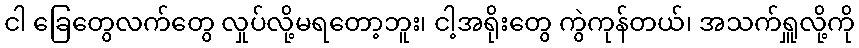
ငါ ခြေတွေလက်တွေ လှုပ်လို့မရတော့ဘူး၊ ငါ့အရိုးတွေ ကွဲကုန်တယ်၊ အသက်ရှူလို့ကို